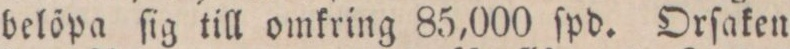
belöpa ſig till omkring 85,000 ſpd. Orſaken